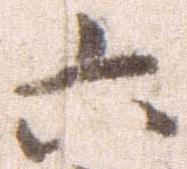
六